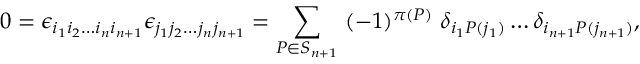
0 = \epsilon _ { i _ { 1 } i _ { 2 } \dots i _ { n } i _ { n + 1 } } \epsilon _ { j _ { 1 } j _ { 2 } \dots j _ { n } j _ { n + 1 } } = \sum _ { P \in S _ { n + 1 } } \ ( - 1 ) ^ { \pi ( P ) } \ \delta _ { i _ { 1 } P ( j _ { 1 } ) } \dots \delta _ { i _ { n + 1 } P ( j _ { n + 1 } ) } ,